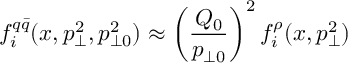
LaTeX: f _ { i } ^ { q \bar { q } } ( x , p _ { \perp } ^ { 2 } , p _ { \perp 0 } ^ { 2 } ) \approx \left( \frac { Q _ { 0 } } { p _ { \perp 0 } } \right) ^ { 2 } f _ { i } ^ { \rho } ( x , p _ { \perp } ^ { 2 } )